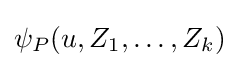
\psi _{P}(u,Z_{1},\dots ,Z_{k})